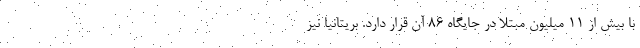
با بیش از 11 میلیون مبتلا در جایگاه 86 آن قرار دارد. بریتانیا نیز